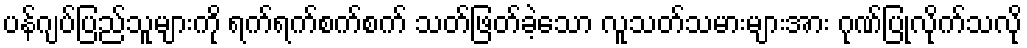
ပန်ဂျပ်ပြည်သူများကို ရက်ရက်စက်စက် သတ်ဖြတ်ခဲ့သော လူသတ်သမားများအား ဂုဏ်ပြုလိုက်သလို